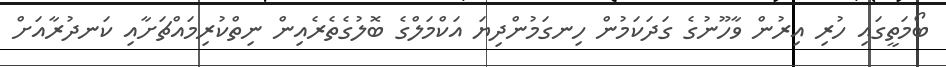
ބޯމަތީގައި ހުރި އިރުން ވާހޫނުގެ ގަދަކަމުން ހިނގަމުންދިޔަ އަކްމަލްގެ ބޮލުގެތެރެއިން ނިތްކުރިމައްޗަށާއި ކަނދުރާއަށް